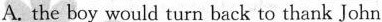
A. the boy would turn back to thank John